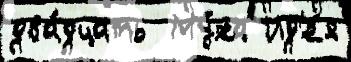
два́дцать  Му́ха Ид'е́я